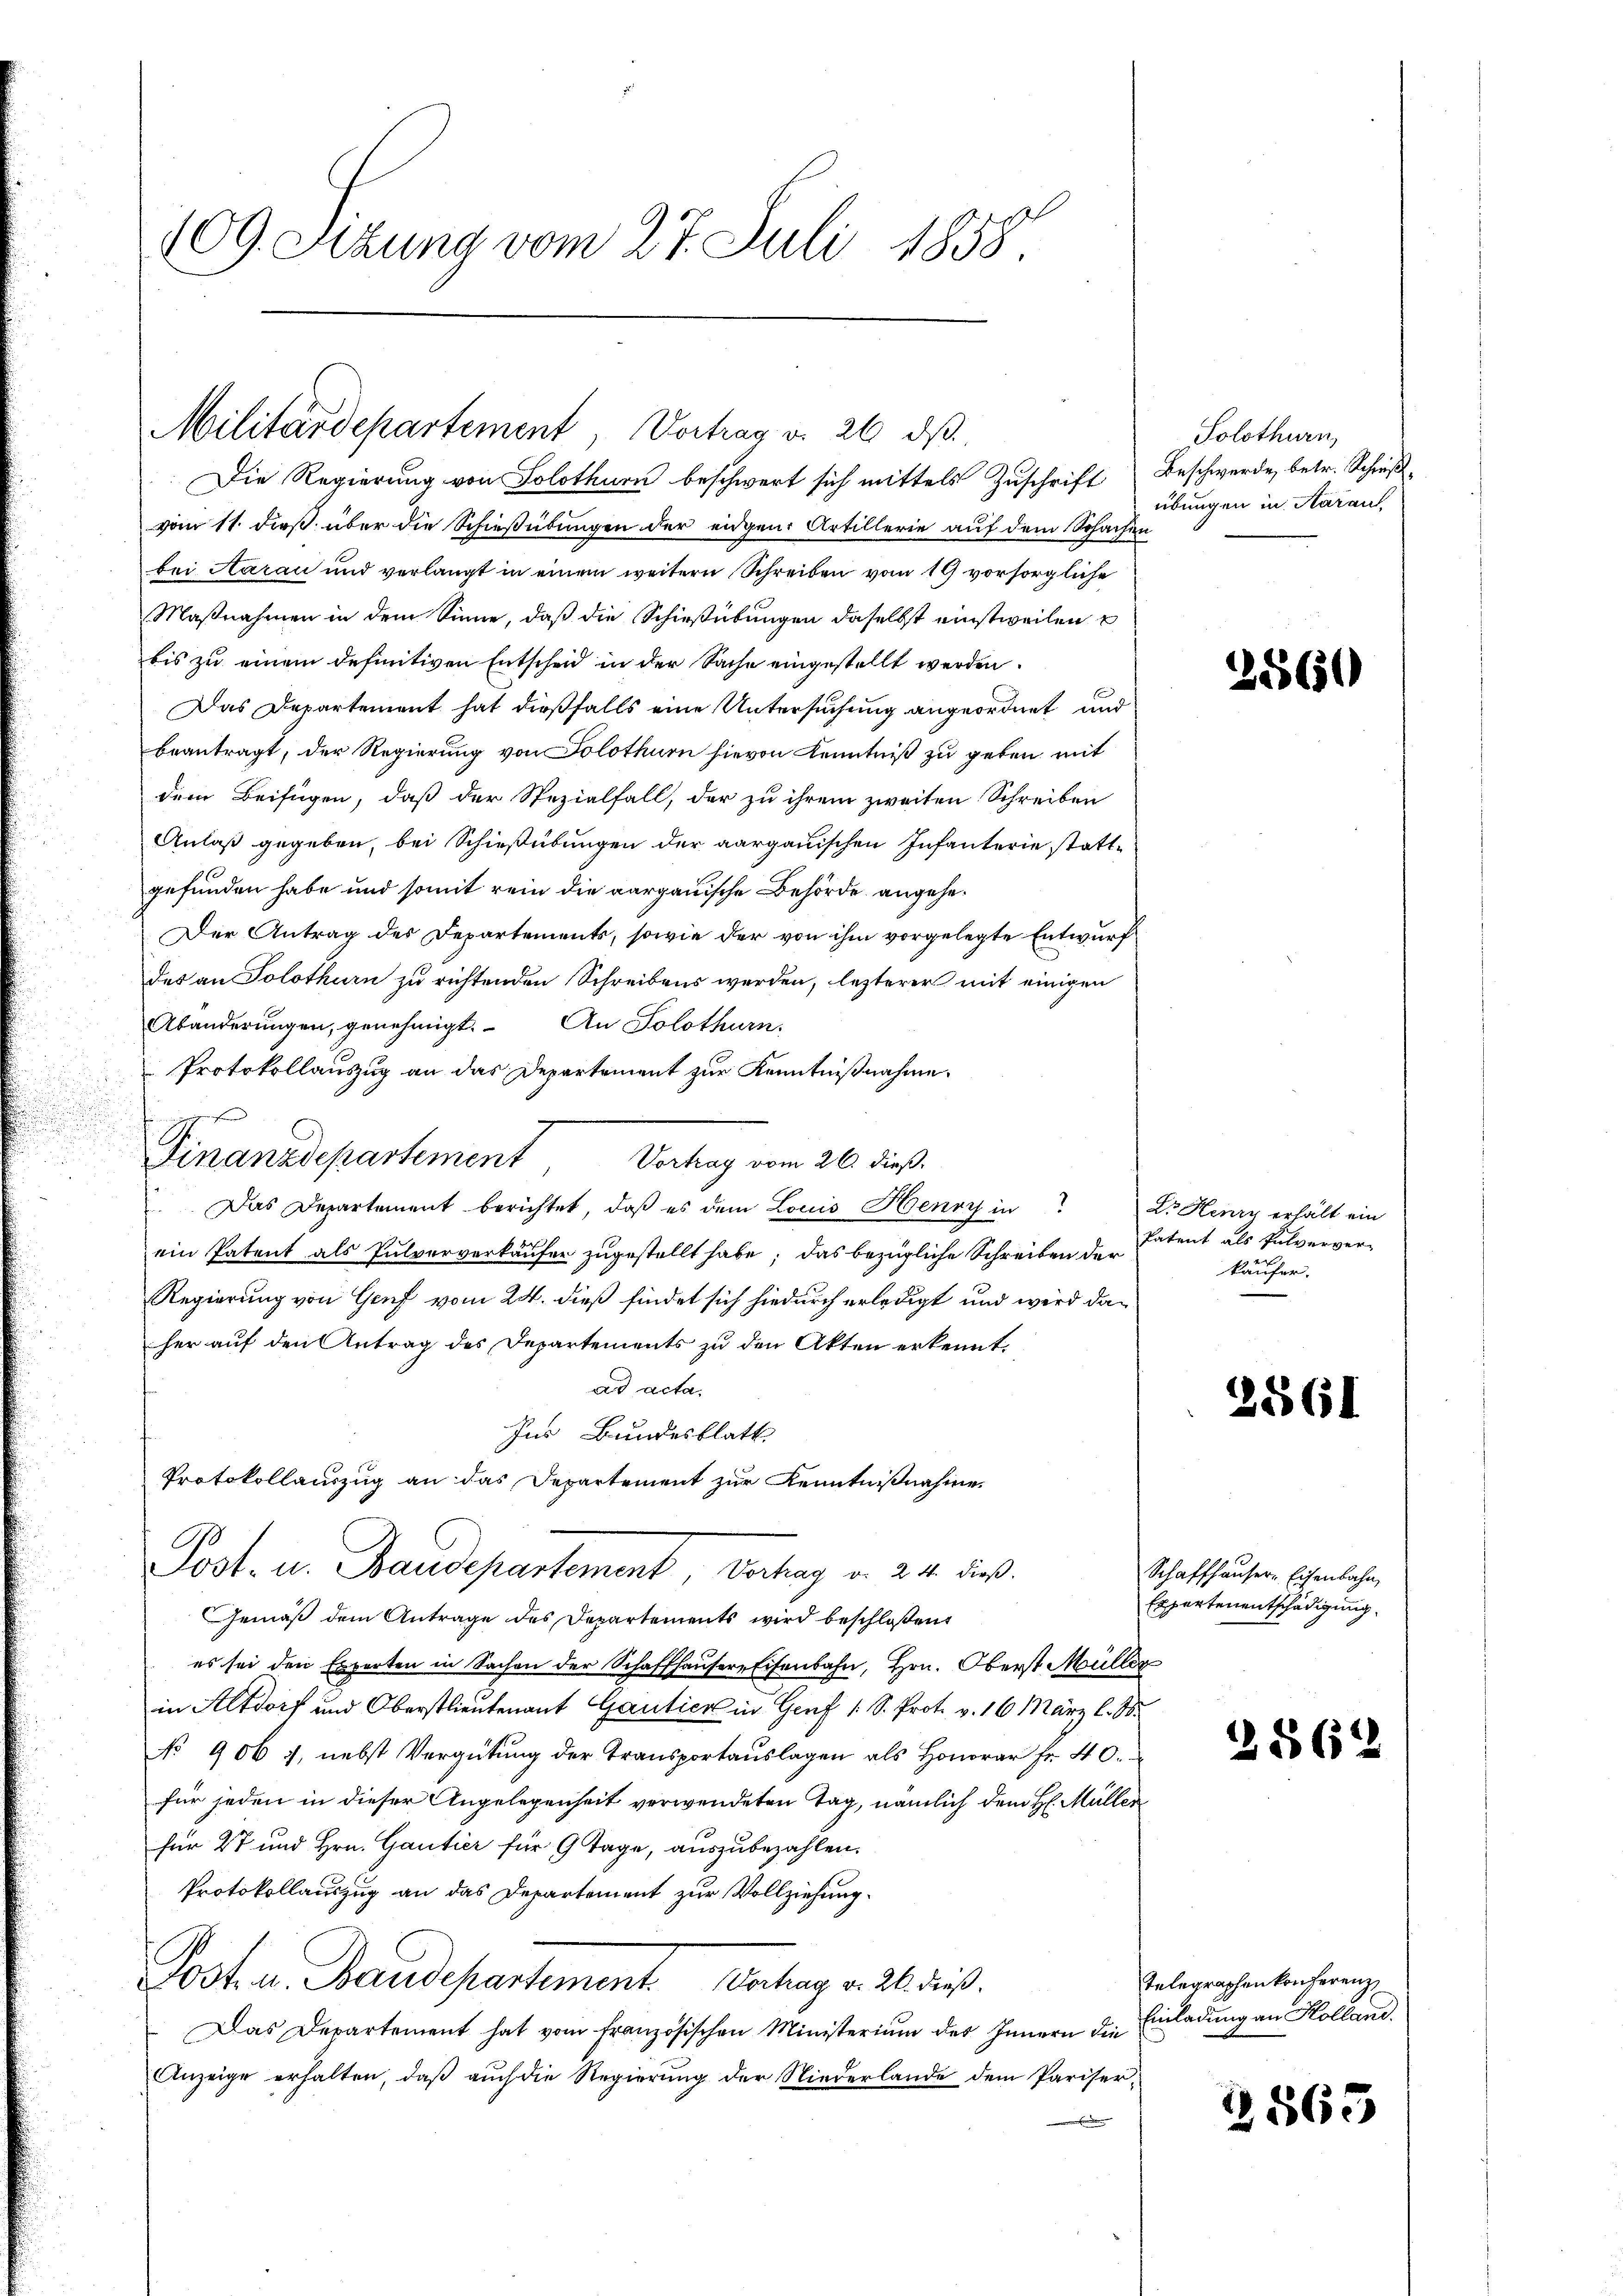
109. Sitzung vom 27. Juli 1858.
E

Militärdepartement, Vortrag v. 26. dβ.
Die Regierung von Solothurn beschwert sich mittels Zuschrift Beschwerde, betr. Schieß-

vom 11. dieß über die Schießübungen der eidgen. Artillerie auf dem Schachen
bei Aarau und verlangt in einem weitern Schreiben vom 19 vorsorgliche
Maßnahmen in dem Sinne, daß die Schießübungen daselbst einstweilen
bis zu einem definitiven Entscheid in der Sache eingestellt werden.
Das Departement hat dießfalls eine Untersuchung angeordnet und
beantragt, der Regierung von Solothurn hievon Kenntniß zu geben mit
dem Beifügen, daß der Spezialfall, der zu ihrem zweiten Schreiben
Anlaß gegeben, bei Schießübungen der aargauischen Infanterie stattgefunden habe und somit rein die aargauische Behörde angehe¬
Der Antrag des Departements, sowie der von ihm vorgelegte Entwurf
des an Solothurn zu richtenden Schreibens werden, lezterer mit einigen
Abänderungen, genehmigt. An Solothurn.
Protokollauszug an das Departement zur Kenntnißnahme.
Finanzdepartement Vertrag vom 26. dieß.
Das Departement berichtet, daß es dem Louis Henry in
ein Patent als Pulververkäufer zugestellt habe; das bezügliche Schreiben der
Regierung von Genf vom 24. dieß findet sich hiedurch erledigt und wird daher auf den Antrag des Departements zu den Akten erkennt:
ad acta.
Ins Bundesblatt
Protokollauszug an das Departement zur Kenntnißnahme
Post. u. Traudepartement de
Gemäß dem Antrage des Departements wird beschloßen
es sei den Experten in Sachen der Schaffhausere Eisenbahn, Hrn. Oberst Müller
in Altdorf und Oberstlieutenant Gantica in Genf 1. S. Prot. v. 16 März l. B.
No 906), nebst Vergütung der Transportauslagen als Honorar fr. 40.
für jeden in dieser Angelegenheit verwendeten Tag, nämlich dem H. Müller
für 27 und Hrn. Gantier für 9 Tage, auszubezahlen.
Protokollauszug an das Departement zur Vollziehung.
Jost u. Baudepartement. Schag v. 21. dieß.
Das Departement hat vom französischen Ministerium des Innern die
Anzeige erhalten, daß auch die Regierung der Niederlande dem Pariser-
e

Solothurn,
übungen in Aaraus.

255650

Dr. Henry erhält ein
Patent als Pulverver-
käufer.

2561

Schaffhauser Eisenbahn,
Expertenentschädigung

2562

Telegraphenkonferenz
Einladung an Kolland.

2565